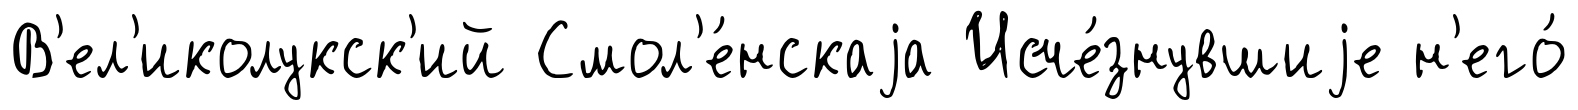
В'ел'иколукск'ий Смол'е́нскаjа Исче́знувшиjе н'его́